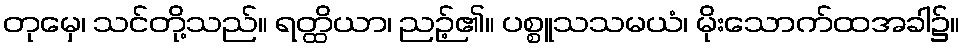
တုမှေ၊ သင်တို့သည်။ ရတ္ထိယာ၊ ညဉ့်၏။ ပစ္စူသသမယံ၊ မိုးသောက်ထအခါ၌။